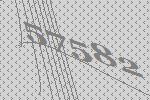
57582